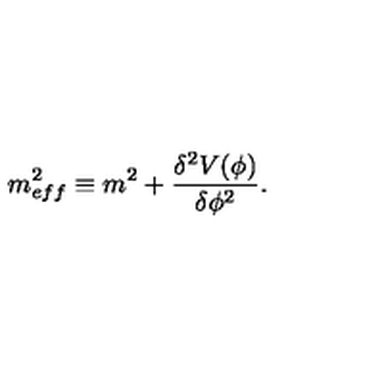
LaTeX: m _ { e f f } ^ { 2 } \equiv m ^ { 2 } + \frac { { \delta } ^ { 2 } V ( { \phi } ) } { { \delta } { \phi } ^ { 2 } } .